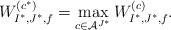
\begin{align*} W^{(c^*)}_{I^*,J^*,f}=\max_{c\in\mathcal{A}^{J^*}}W^{(c)}_{I^*,J^*,f}. \end{align*}